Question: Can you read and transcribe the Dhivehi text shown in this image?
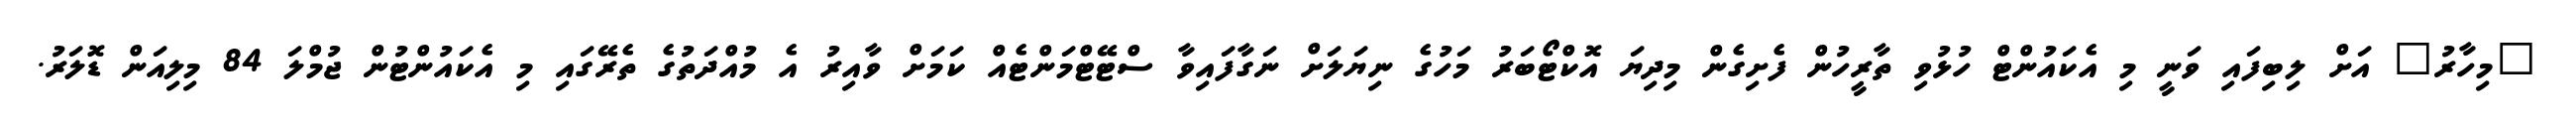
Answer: "މިހާރު" އަށް ލިބިފައި ވަނީ މި އެކައުންޓް ހުޅުވި ތާރީހުން ފެށިގެން މިދިޔަ އޮކްޓޯބަރު މަހުގެ ނިޔަލަށް ނަގާފައިވާ ސްޓޭޓްމަންޓެއް ކަމަށް ވާއިރު އެ މުއްދަތުގެ ތެރޭގައި މި އެކައުންޓުން ޖުމްލަ 84 މިލިއަން ޑޮލަރު.